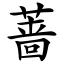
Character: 蔷